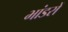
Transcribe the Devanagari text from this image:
भांडरों